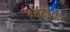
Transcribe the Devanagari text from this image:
हर्बर्टच्या